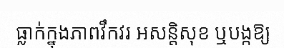
ធ្លាក់ក្នុងភាពវឹកវរ អសន្តិសុខ ឬបង្កឱ្យ